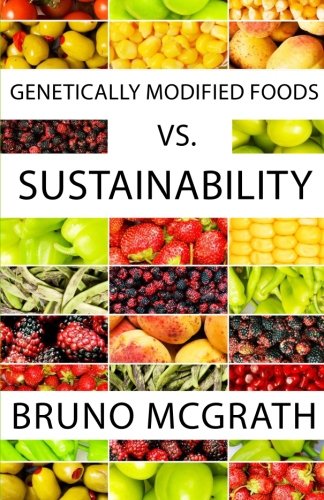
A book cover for Genetically Modified Foods vs. Sustainability; Bruno McGrath; Health, Fitness & Dieting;